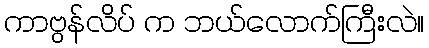
ကာဗွန်လိပ် က ဘယ်လောက်ကြီးလဲ။